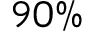
9 0 \%